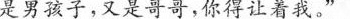
是男孩子，又是哥哥，你得让着我。”